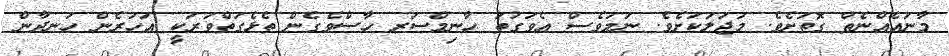
މާނައެއްނެތް ގޮތަށެވެ. މަޖަލަކަށެވެ. ނަމަވެސް އެވަގުތު ހާނިމްސަރ ހާސްވެގެން ތެޅެގަތްވަރަކީ އަހަރެން ހަނދާން